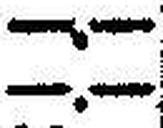
—.—